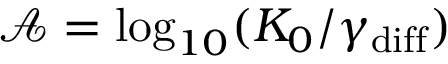
\mathcal { A } = \log _ { 1 0 } ( K _ { 0 } / \gamma _ { \mathrm { d i f f } } )